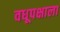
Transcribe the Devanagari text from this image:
वधूपक्षाला